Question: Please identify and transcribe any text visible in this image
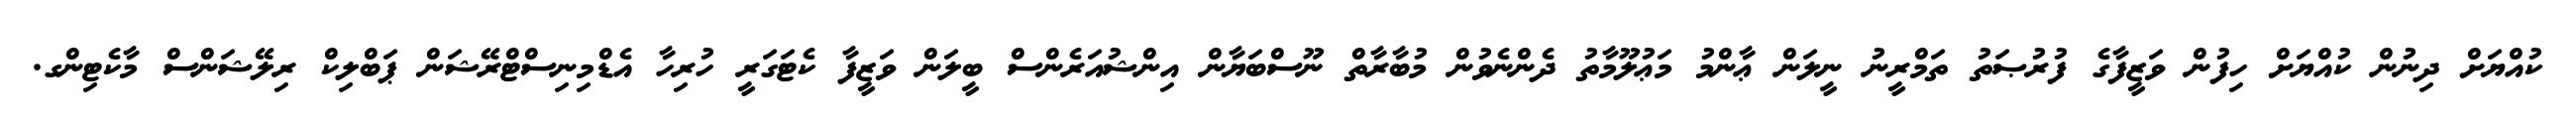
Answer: ކުއްޔަށް ދިނުން ކުއްޔަށް ހިފުން ވަޒީފާގެ ފުރުޞަތު ތަމްރީނު ނީލަން ޢާންމު މަޢުލޫމާތު ދެންނެވުން މުބާރާތް ނޫސްބަޔާން އިންޝުއަރެންސް ބީލަން ވަޒީފާ ކެޓަގަރީ ހުރިހާ އެޑްމިނިސްޓްރޭޝަން ޕަބްލިކް ރިލޭޝަންސް މާކެޓިންގ.